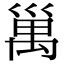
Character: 𥜿